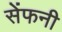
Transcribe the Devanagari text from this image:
सेंफनी